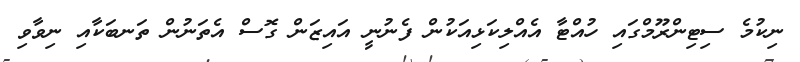
ނިކުމެ ސިޓިންރޫމްގައި ހުއްޓާ އެއްލިކަޅިއަކުން ފެނުނީ އައިޒަން ގޮސް އެތަނުން ތަނބަކާއި ނިވާވި